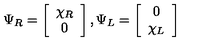
\Psi _ { R } = \left[ \begin{array} { c } { \chi _ { R } } \\ { 0 } \\ \end{array} \right] , \Psi _ { L } = \left[ \begin{array} { c } { 0 } \\ { \chi _ { L } } \\ \end{array} \right]